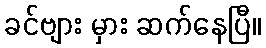
ခင်ဗျား မှား ဆက်နေပြီ။